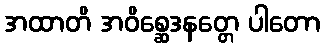
အထာတိ အဝိစ္ဆေဒနတ္တေ ပါတော